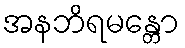
အနဘိရမန္တော